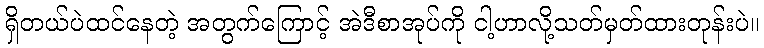
ရှိတယ်ပဲထင်နေတဲ့ အတွက်ကြောင့် အဲဒီစာအုပ်ကို ငါ့ဟာလို့သတ်မှတ်ထားတုန်းပဲ။